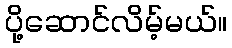
ပို့ဆောင်လိမ့်မယ်။